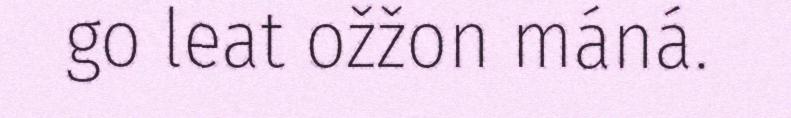
go leat ožžon máná.